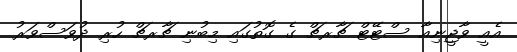
އެއީ ވާޖީނިއާ ސްޓޭޓް ޗާރޗް ގެ ގޮތުގައި މިބުނި ޗާރޗް ހުރި ދުވަސްވަރު